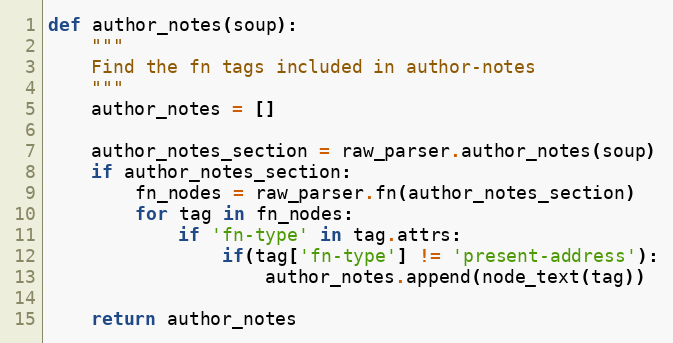
Language: Python
def author_notes(soup):
    """
    Find the fn tags included in author-notes
    """
    author_notes = []

    author_notes_section = raw_parser.author_notes(soup)
    if author_notes_section:
        fn_nodes = raw_parser.fn(author_notes_section)
        for tag in fn_nodes:
            if 'fn-type' in tag.attrs:
                if(tag['fn-type'] != 'present-address'):
                    author_notes.append(node_text(tag))

    return author_notes